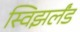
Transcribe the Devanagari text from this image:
स्विझर्लंड